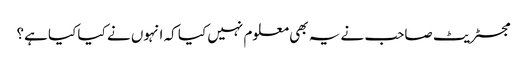
مجسٹریٹ صاحب نے یہ بھی معلوم نہیں کیا کہ انہوں نے کیا کیا ہے؟